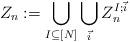
LaTeX: \begin{align*}Z_n := \bigcup_{I \subseteq [N]} \bigcup_{\vec{i}} Z^{I;\vec{i}}_n\end{align*}